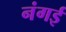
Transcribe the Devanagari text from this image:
नंगई